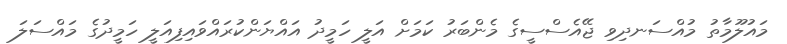
މައުލޫމާތު މުއްސަނދިވި ޖޭއެސްސީގެ މެންބަރު ކަމަށް އަލީ ހަމީދު އައްޔަންކުރައްވައިފިއަލީ ހަމީދުގެ މައްސަލަ